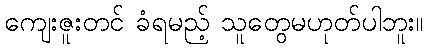
ကျေးဇူးတင် ခံရမည့် သူတွေမဟုတ်ပါဘူး။